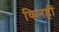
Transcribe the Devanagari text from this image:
किनहीं